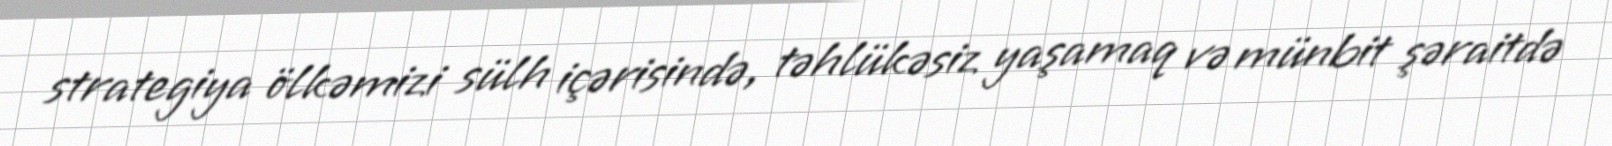
strategiya ölkəmizi sülh içərisində, təhlükəsiz yaşamaq və münbit şəraitdə